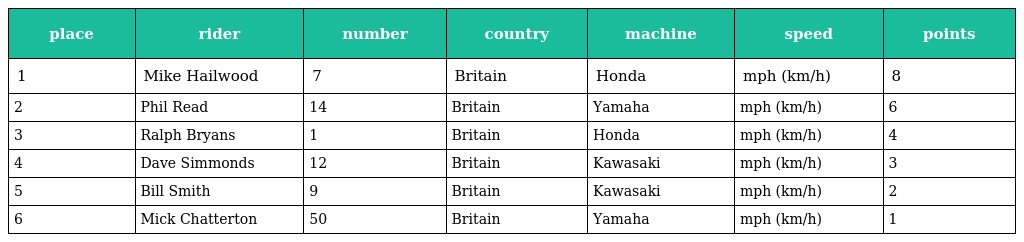
| place | rider | number | country | machine | speed | points |
 | --- | --- | --- | --- | --- | --- | --- |
 | 1 | Mike Hailwood | 7 | Britain | Honda | mph (km/h) | 8 |
 | 2 | Phil Read | 14 | Britain | Yamaha | mph (km/h) | 6 |
 | 3 | Ralph Bryans | 1 | Britain | Honda | mph (km/h) | 4 |
 | 4 | Dave Simmonds | 12 | Britain | Kawasaki | mph (km/h) | 3 |
 | 5 | Bill Smith | 9 | Britain | Kawasaki | mph (km/h) | 2 |
 | 6 | Mick Chatterton | 50 | Britain | Yamaha | mph (km/h) | 1 |